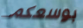
بوسعكم